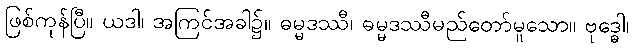
ဖြစ်ကုန်ပြီ။ ယဒါ၊ အကြင်အခါ၌။ ဓမ္မဒဿီ၊ ဓမ္မဒဿီမည်တော်မူသော။ ဗုဒ္ဓေါ၊